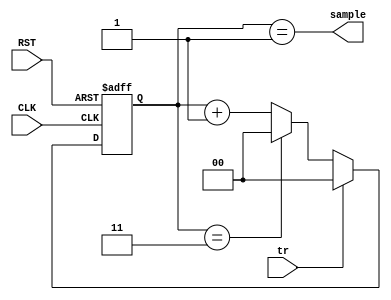
module COUNTER (
  input 		CLK, RST, tr,
  output  		sample	
);

reg [1:0]	 edge_cnt;

always@(posedge CLK or negedge RST)
  begin
    if(!RST) begin
	edge_cnt <= 3'b000;
    end
    else if(tr) begin
	edge_cnt <= 3'b000;
    end
    else begin //4 prescale
	if (edge_cnt == 3'b011) begin
	  edge_cnt <= 3'b000;
	end
	else begin
	  edge_cnt <= edge_cnt + 1;
	end
    end	
  end
assign sample = (edge_cnt == 2'b01);
endmodule